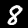
Digit: 8